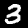
Digit: 3